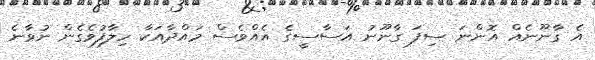
އެ ގާނޫނެއް އޮންނަ ސިފަ ގާނޫނު އަސާސީގެ އެއްވެސް މައްދާއަކާ ހިލާފުވެގެން ނުވާނެ